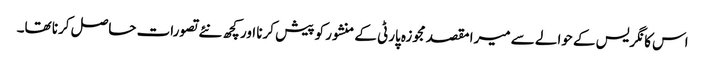
اس کانگریس کے حوالے سے میرا مقصد مجوزہ پارٹی کے منشور کو پیش کرنا اور کچھ نئے تصورات حاصل کرنا تھا۔